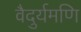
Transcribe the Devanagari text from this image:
वैदुर्यमणि